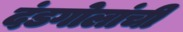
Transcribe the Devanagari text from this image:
दंडगोलांची